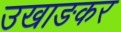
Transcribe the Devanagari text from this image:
उखाङकर